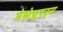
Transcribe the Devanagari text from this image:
मेसेचुएट्स